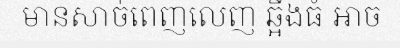
មានសាច់ពេញលេញ ឆ្អឹងធំ អាច